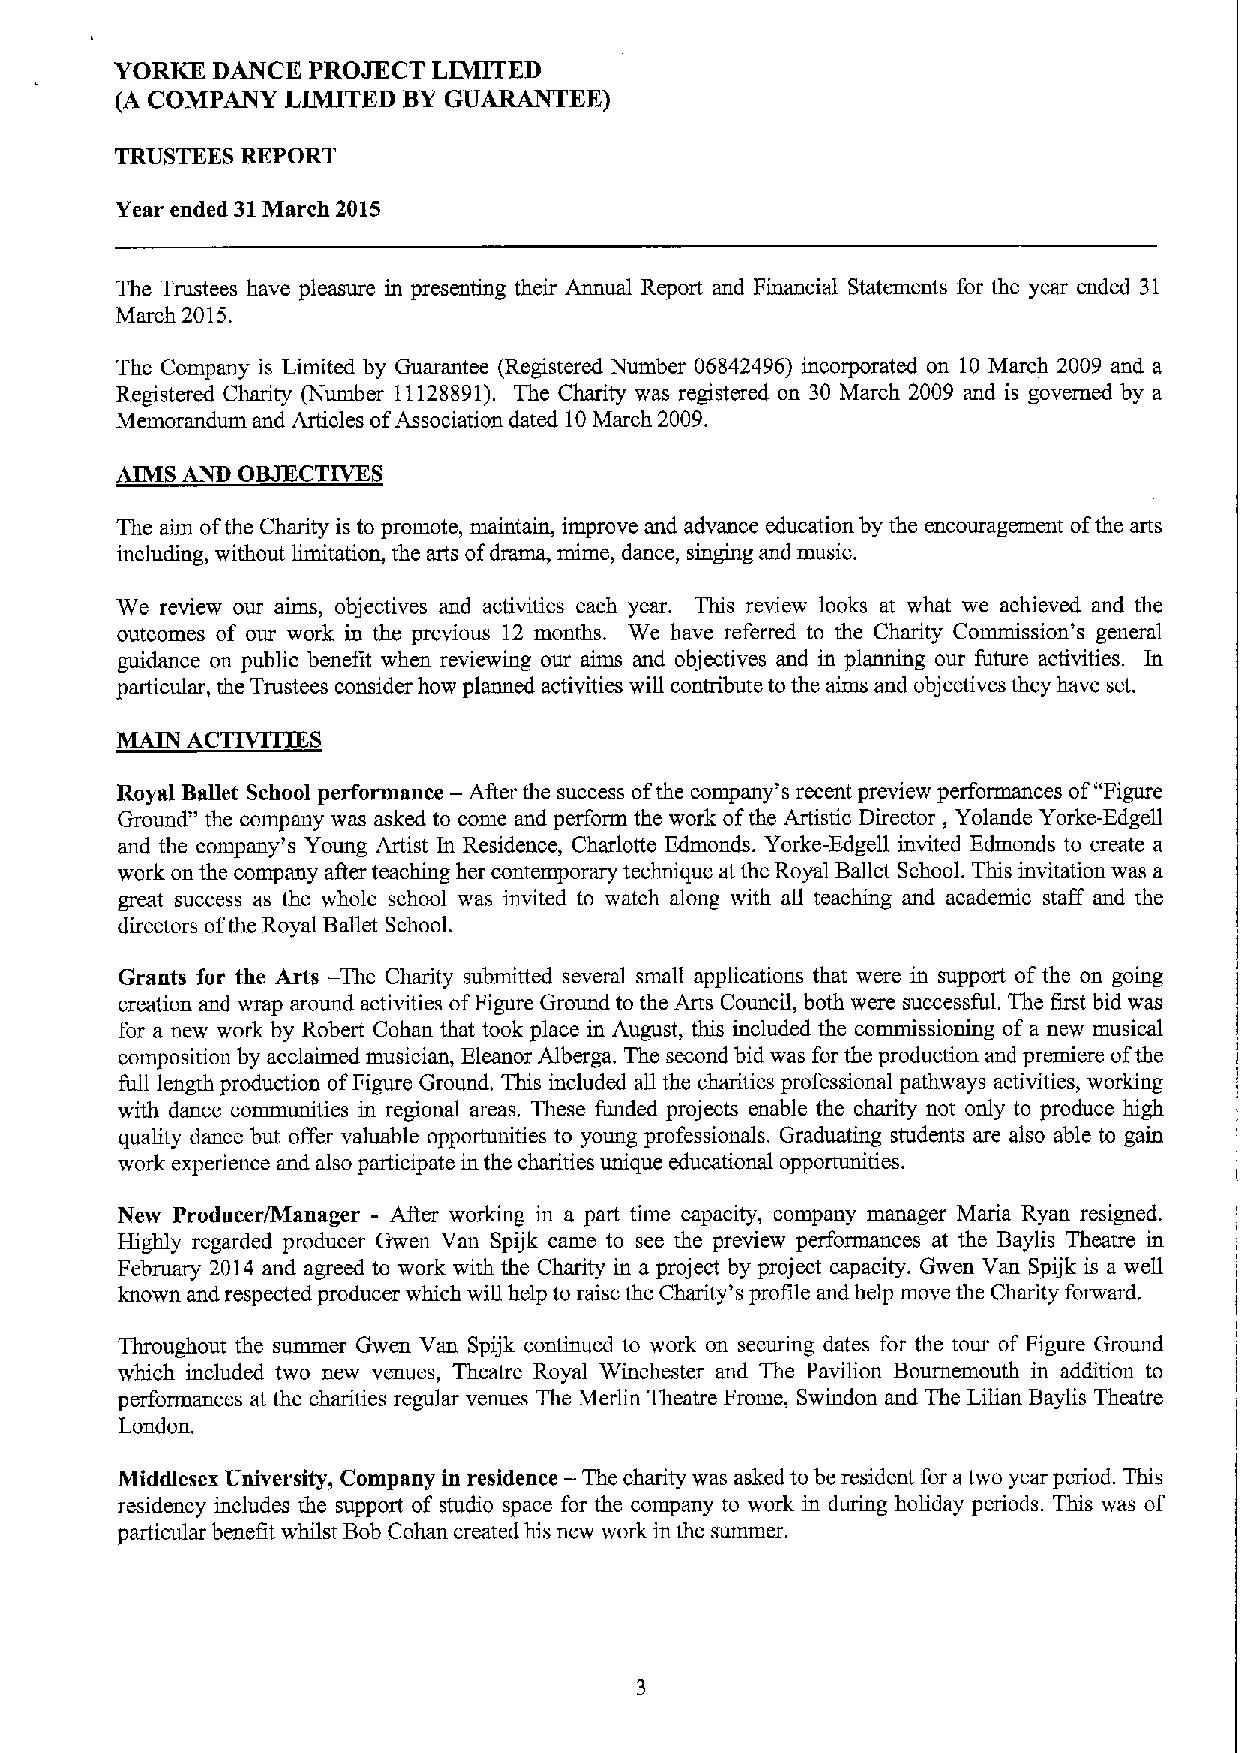
YORKE DANCE PROJECT  LIMITED
 (A COMPANY LIMITED BYGUARANTEE)
 TRUSTEES REPORT
 Year ended 31March 2015
 The Trustees have pleasure in presenting their Annual Report and Financial Statements for the year ended 31
 March 2015.
 The Company is Limited by Guarantee (Registered Number 06842496) incorporated on 10 March 2009 and a
 Registered Charity (Number 11128891). The Charity was registered on 30 March 2009 and is governed by a
 Memorandum and Articles ofAssociation dated 10March 2009.
 AIMS AND OBJECTIVES
 The aim ofthe Charity is to promote, maintain, improve and advance education by the encouragement ofthe arts
 including, without limitation, the arts ofdrama, mime, dance, singing and music.
 We review our aims, objectives and activities each year. This review looks at what we achieved and the
 outcomes of our work in the previous 12 months. We have referred to the Charity Commission's general
 guidance on public benefit when reviewing our aims and objectives and in planning our future activities. In
 particular, the Trustees consider how planned activities will contribute to the aims and objectives they have set.
 AC~S
 MAIN
 Royal Ballet School performance — After the success ofthe company's recent preview performances of"Figure
 Ground" the company was asked to come and perform the work ofthe Artistic Director, Yolande Yorke-Edgell
 and the company's Young Artist In Residence, Charlotte Edmonds. Yorke-Edgell invited Edmonds to create a
 work on the company afier teaching her contemporary technique at the Royal Ballet School. This invitation was a
 great success as the whole school was invited to watch along with all teaching and academic staff and the
 directors ofthe Royal Ballet School.
 Grants for the Arts — The Charity submitted several small applications that were in support ofthe on going
 creation and wrap around activities ofFigure Ground to the Arts Council, both were successful. The first bid was
 for a new work by Robert Cohan that took place in August, this included the commissioning of a new musical
 composition by acclaimed musician, Eleanor Alberga. The second bid was for the production and premiere ofthe
 full length production ofFigure Ground. This included all the charities professional pathways activities, working
 with dance communities in regional areas, These funded projects enable the charity not only to produce high
 quality dance but offer valuable opportunities to young professionals. Graduating students are also able to gain
 work experience and also participate in the charities unique educational opportunities.
 New Producer/Manager - After working in a part time capacity, company manager Maria Ryan resigned.
 Highly regarded producer Gwen Van Spijk came to see the preview performances at the Baylis Theatre in
 February 2014 and agreed to work with the Charity in a project by project capacity. Gwen Van Spijk is a well
 known and respected producer which will help to raise the Charity's profile and help move the Charity forward.
 Throughout the summer Gwen Van Spijk continued to work on securing dates for the tour of Figure Ground
 which included two new venues, Theatre Royal Winchester and The Pavilion Bournemouth in addition to
 performances at the charities regular venues The Merlin Theatre Frome, Swindon and The Lilian Baylis Theatre
 London.
 Middlesex University, Company in residence — The charity was asked to be resident for atwo year period. This
 residency includes the support of studio space for the company to work in during holiday periods. This was of
 particular benefit whilst Bob Cohan created his new work in the summer.